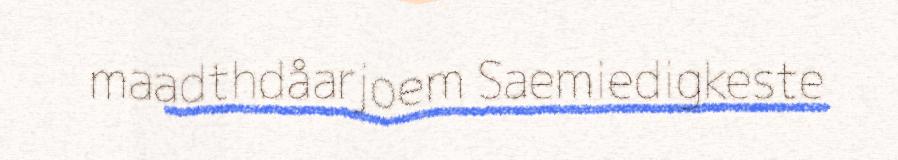
maadthdåarjoem Saemiedigkeste